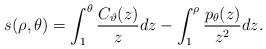
LaTeX: \begin{align*}s(\rho,\theta)=\int_1^\theta \frac{C_\vartheta(z)}{z}dz-\int_1^\rho \frac{p_\theta(z)}{z^2}dz.\end{align*}